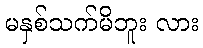
မနှစ်သက်မိဘူး လား